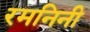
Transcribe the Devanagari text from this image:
रमनिनी